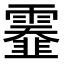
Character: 𩆅